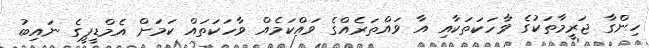
ހިންގާ ޖަރީމާތަކުގެ ވާހަކަތަކާއި އާ ވައްތަރެއްގެ ވައްކަމެއް ވާހަކަތައް ކަމަށް އެމްޑީޕީގެ ނައިބު